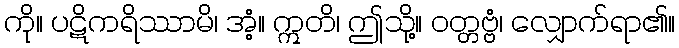
ကို။ ပဋိကရိဿာမိ၊ အံ့။ ဣတိ၊ ဤသို့။ ဝတ္တဗ္ဗံ၊ လျှောက်ရာ၏။